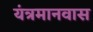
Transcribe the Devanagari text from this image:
यंत्रमानवास